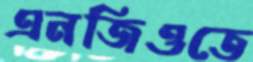
এনজিওতে